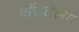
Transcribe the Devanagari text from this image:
कोंडलेल्या